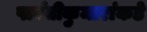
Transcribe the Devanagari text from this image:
पार्वतीकुमारांकडे